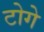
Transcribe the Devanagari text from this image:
टोगे